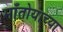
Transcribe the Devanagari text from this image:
माँतोयाच्या